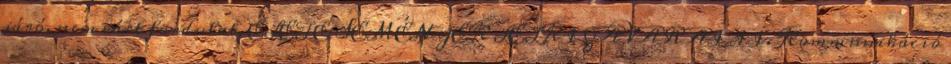
járó, nem várt fordulat, ÉLETESEMÉNYEK LELKI ZAVARAI II. Kommunikáció